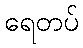
ရေတပ်